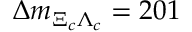
\Delta m _ { \Xi _ { c } \Lambda _ { c } } = 2 0 1